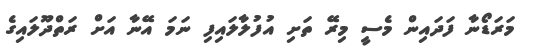
މަރަޑޯނާ ފަދައިން މެސީ މިރޭ ތަށި އުފުލާލައިފި ނަމަ އޭނާ އަށް ރަތްދޫލައިގެ